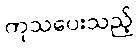
ကုသပေးသည့်